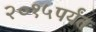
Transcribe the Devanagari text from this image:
२०१५पर्यंत